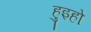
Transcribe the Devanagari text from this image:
हुइहो